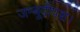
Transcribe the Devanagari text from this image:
जम्बूदीपञ्च।